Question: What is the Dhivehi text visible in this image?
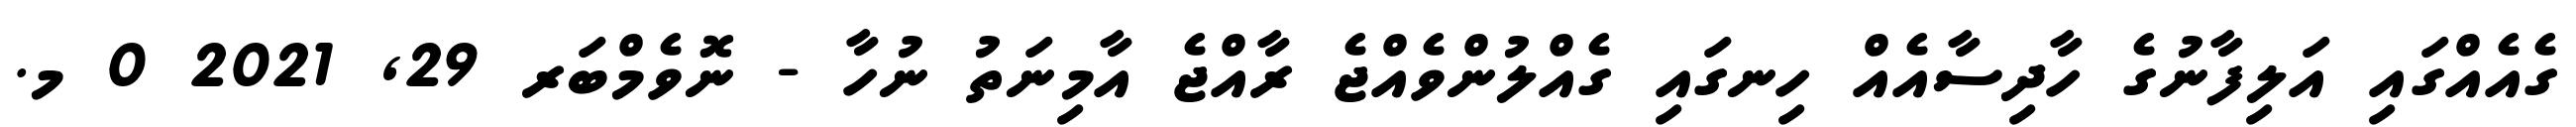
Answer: ގެއެއްގައި އަލިފާނުގެ ހާދިސާއެއް ހިނގައި ގެއްލުންވެއްޖެ ރާއްޖެ އާމިނަތު ނުހާ - ނޮވެމްބަރ 29, 2021 0 މ.